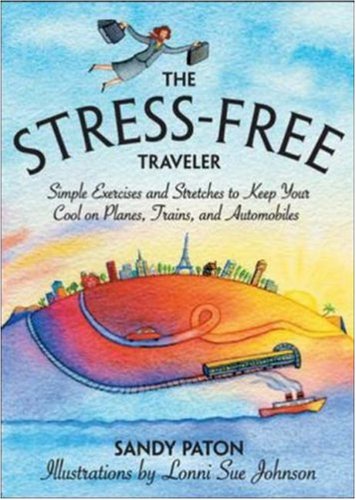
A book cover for The Stress-Free Traveler; Sandy Paton; Travel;